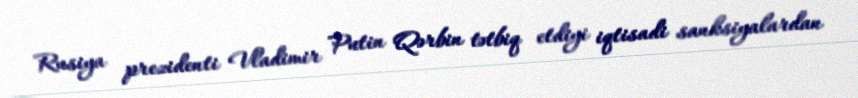
Rusiya prezidenti Vladimir Putin Qərbin tətbiq etdiyi iqtisadi sanksiyalardan